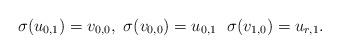
LaTeX: \begin{align*}\sigma(u_{0,1})=v_{0,0},~\sigma(v_{0,0})=u_{0,1}~~\sigma(v_{1,0})=u_{r,1}.\end{align*}